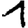
Digit: 1